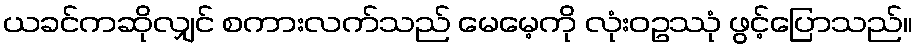
ယခင်ကဆိုလျှင် စကားလက်သည် မေမေ့ကို လုံးဝဥဿုံ ဖွင့်ပြောသည်။